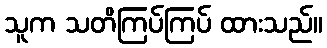
သူက သတိကြပ်ကြပ် ထားသည်။